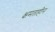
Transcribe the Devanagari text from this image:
क्षमताहीन